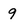
Character: 9